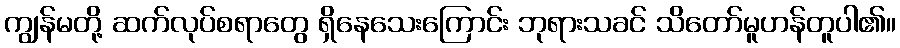
ကျွန်မတို့ ဆက်လုပ်စရာတွေ ရှိနေသေးကြောင်း ဘုရားသခင် သိတော်မူဟန်တူပါ၏။